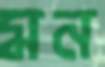
মন